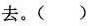
去。()